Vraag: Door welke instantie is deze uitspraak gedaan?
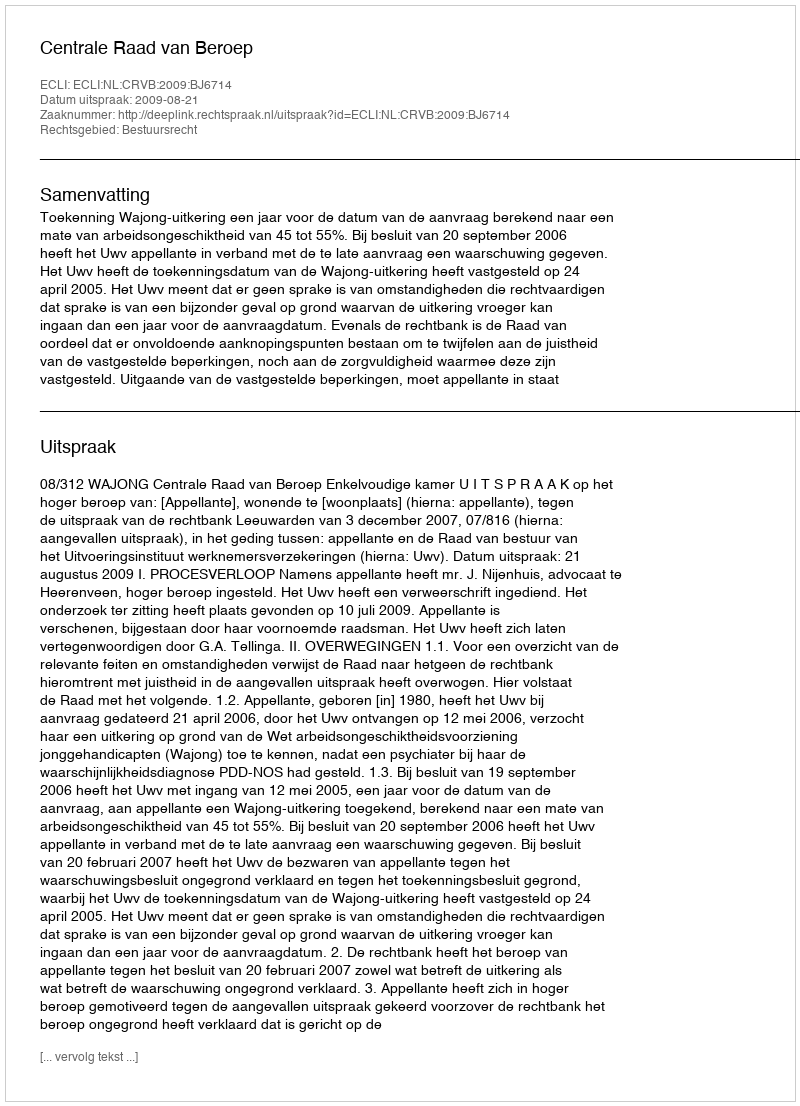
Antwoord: Centrale Raad van Beroep